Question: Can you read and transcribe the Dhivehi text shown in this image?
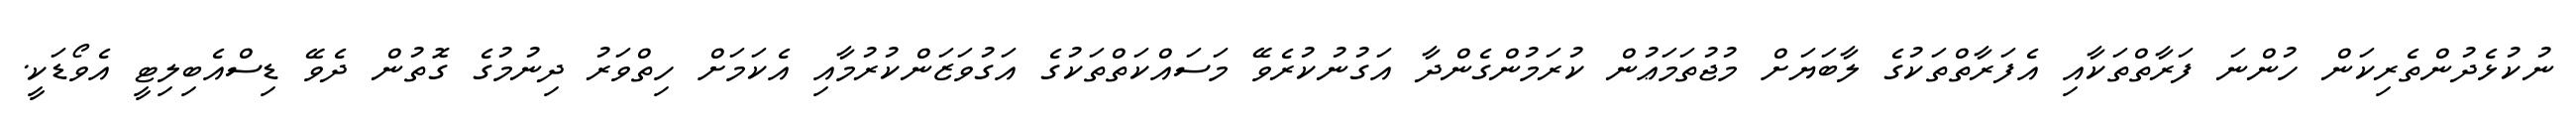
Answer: ނުކުޅެދުންތެރިކަން ހުންނަ ފަރާތްތަކާއި އެފަރާތްތަކުގެ ލާބަޔަށް މުޖުތަމަޢުން ކުރަމުންގެންދާ އަގުނުކުރެވޭ މަސައްކަތްތަކުގެ އަގުވަޒަންކުރުމާއި އެކަމަށް ހިތްވަރު ދިނުމުގެ ގޮތުން ދެވޭ ޑިސްއެބިލިޓީ އެވޯޑަކީ.